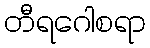
တီရဂေါစရာ